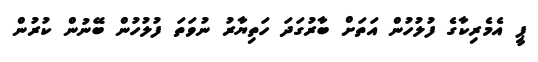
ޕީ އެމެރިކާގެ ފުލުހުން އަތަށް ބާރުގަދަ ހަތިޔާރު ނުވަތަ ފުލުހުން ބޭނުން ކުރުން